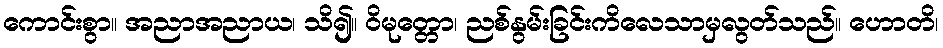
ကောင်းစွာ။ အညာအညာယ၊ သိ၍။ ဝိမုတ္တော၊ ညစ်နွမ်းခြင်းကိလေသာမှလွတ်သည်။ ဟောတိ၊